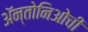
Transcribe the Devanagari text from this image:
ॲन्तोनिओची